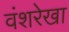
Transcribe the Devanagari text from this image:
वंशरेखा